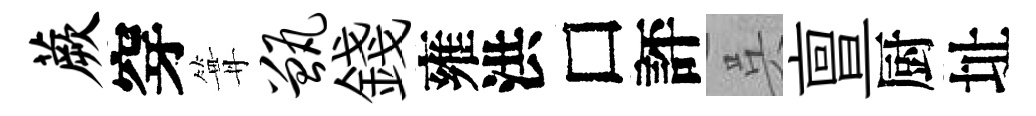
蕨穿篝甑錢雍洪□評呉亶厨址